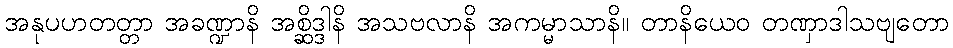
အနုပဟတတ္တာ အခဏ္ဍာနိ အစ္ဆိဒ္ဒါနိ အသဗလာနိ အကမ္မာသာနိ။ တာနိယေဝ တဏှာဒါသဗျတော